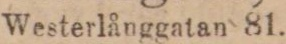
(1369) Westerlånggatan 81.